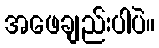
အဖေချည်းပါပဲ။